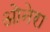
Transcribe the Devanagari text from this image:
ओनेरा